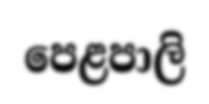
පෙළපාලි